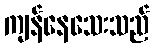
ကျန်နေသေးသည်